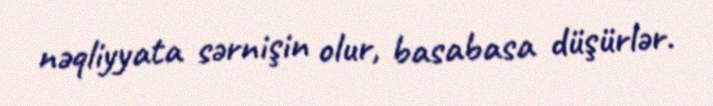
nəqliyyata sərnişin olur, basabasa düşürlər.